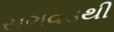
સગવડથી